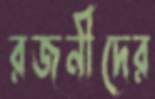
রজনীদের